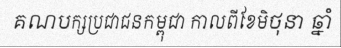
គណបក្សប្រជាជនកម្ពុជា កាលពីខែមិថុនា ឆ្នាំ